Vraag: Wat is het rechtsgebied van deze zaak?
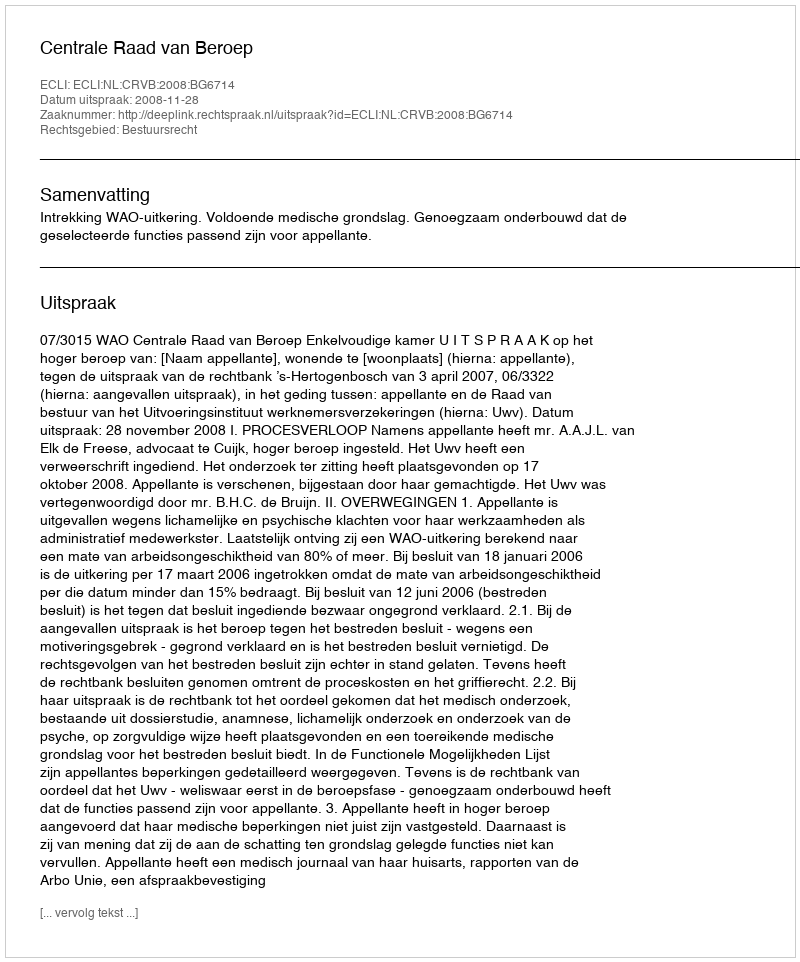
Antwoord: Bestuursrecht